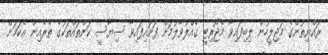
ރައްޔިތުންގެ މަޖިލީހުން ލިބިފައިވާ މެޖޯރިޓީ ގެއްލުވާލުމަށް ފަށައިފައިވާ ސިޔާސީ ކަންތައްތަކުގެ ތެރެއިން އެކަމަށް